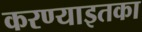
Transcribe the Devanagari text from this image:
करण्याइतका